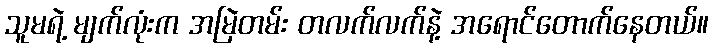
သူမရဲ့ မျက်လုံးက အမြဲတမ်း တလက်လက်နဲ့ အရောင်တောက်နေတယ်။